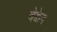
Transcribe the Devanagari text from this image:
बेक्केन